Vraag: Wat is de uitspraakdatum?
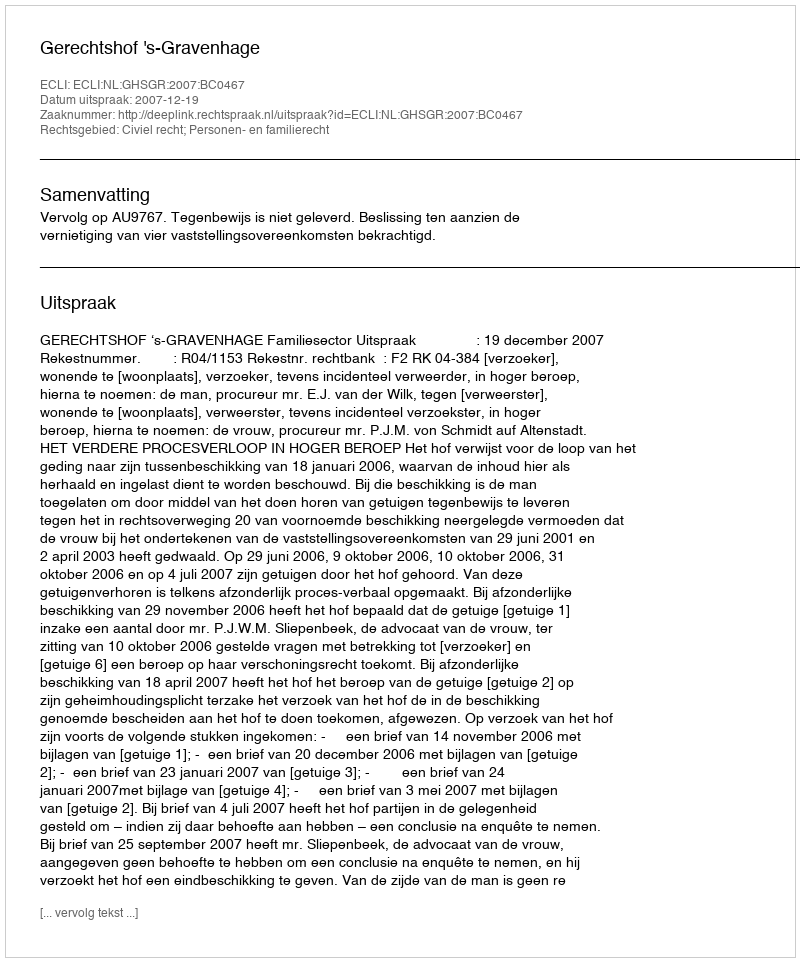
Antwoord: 2007-12-19